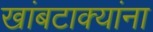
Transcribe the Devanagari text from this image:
खांबटाक्यांना